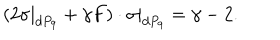
LaTeX: ( 2 \sigma | _ { d P _ { 9 } } + \gamma F ) \cdot \sigma | _ { d P _ { 9 } } = \gamma - 2 .